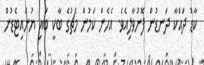
ކާޑު ދައްކާ ދަނޑުން ފޮނުވާލިއެވެ. އެހެން ކަމުން މެޗުގެ ބާކީ ބައި ޔުނައިޓެޑުން